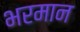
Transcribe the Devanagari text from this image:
भरमान